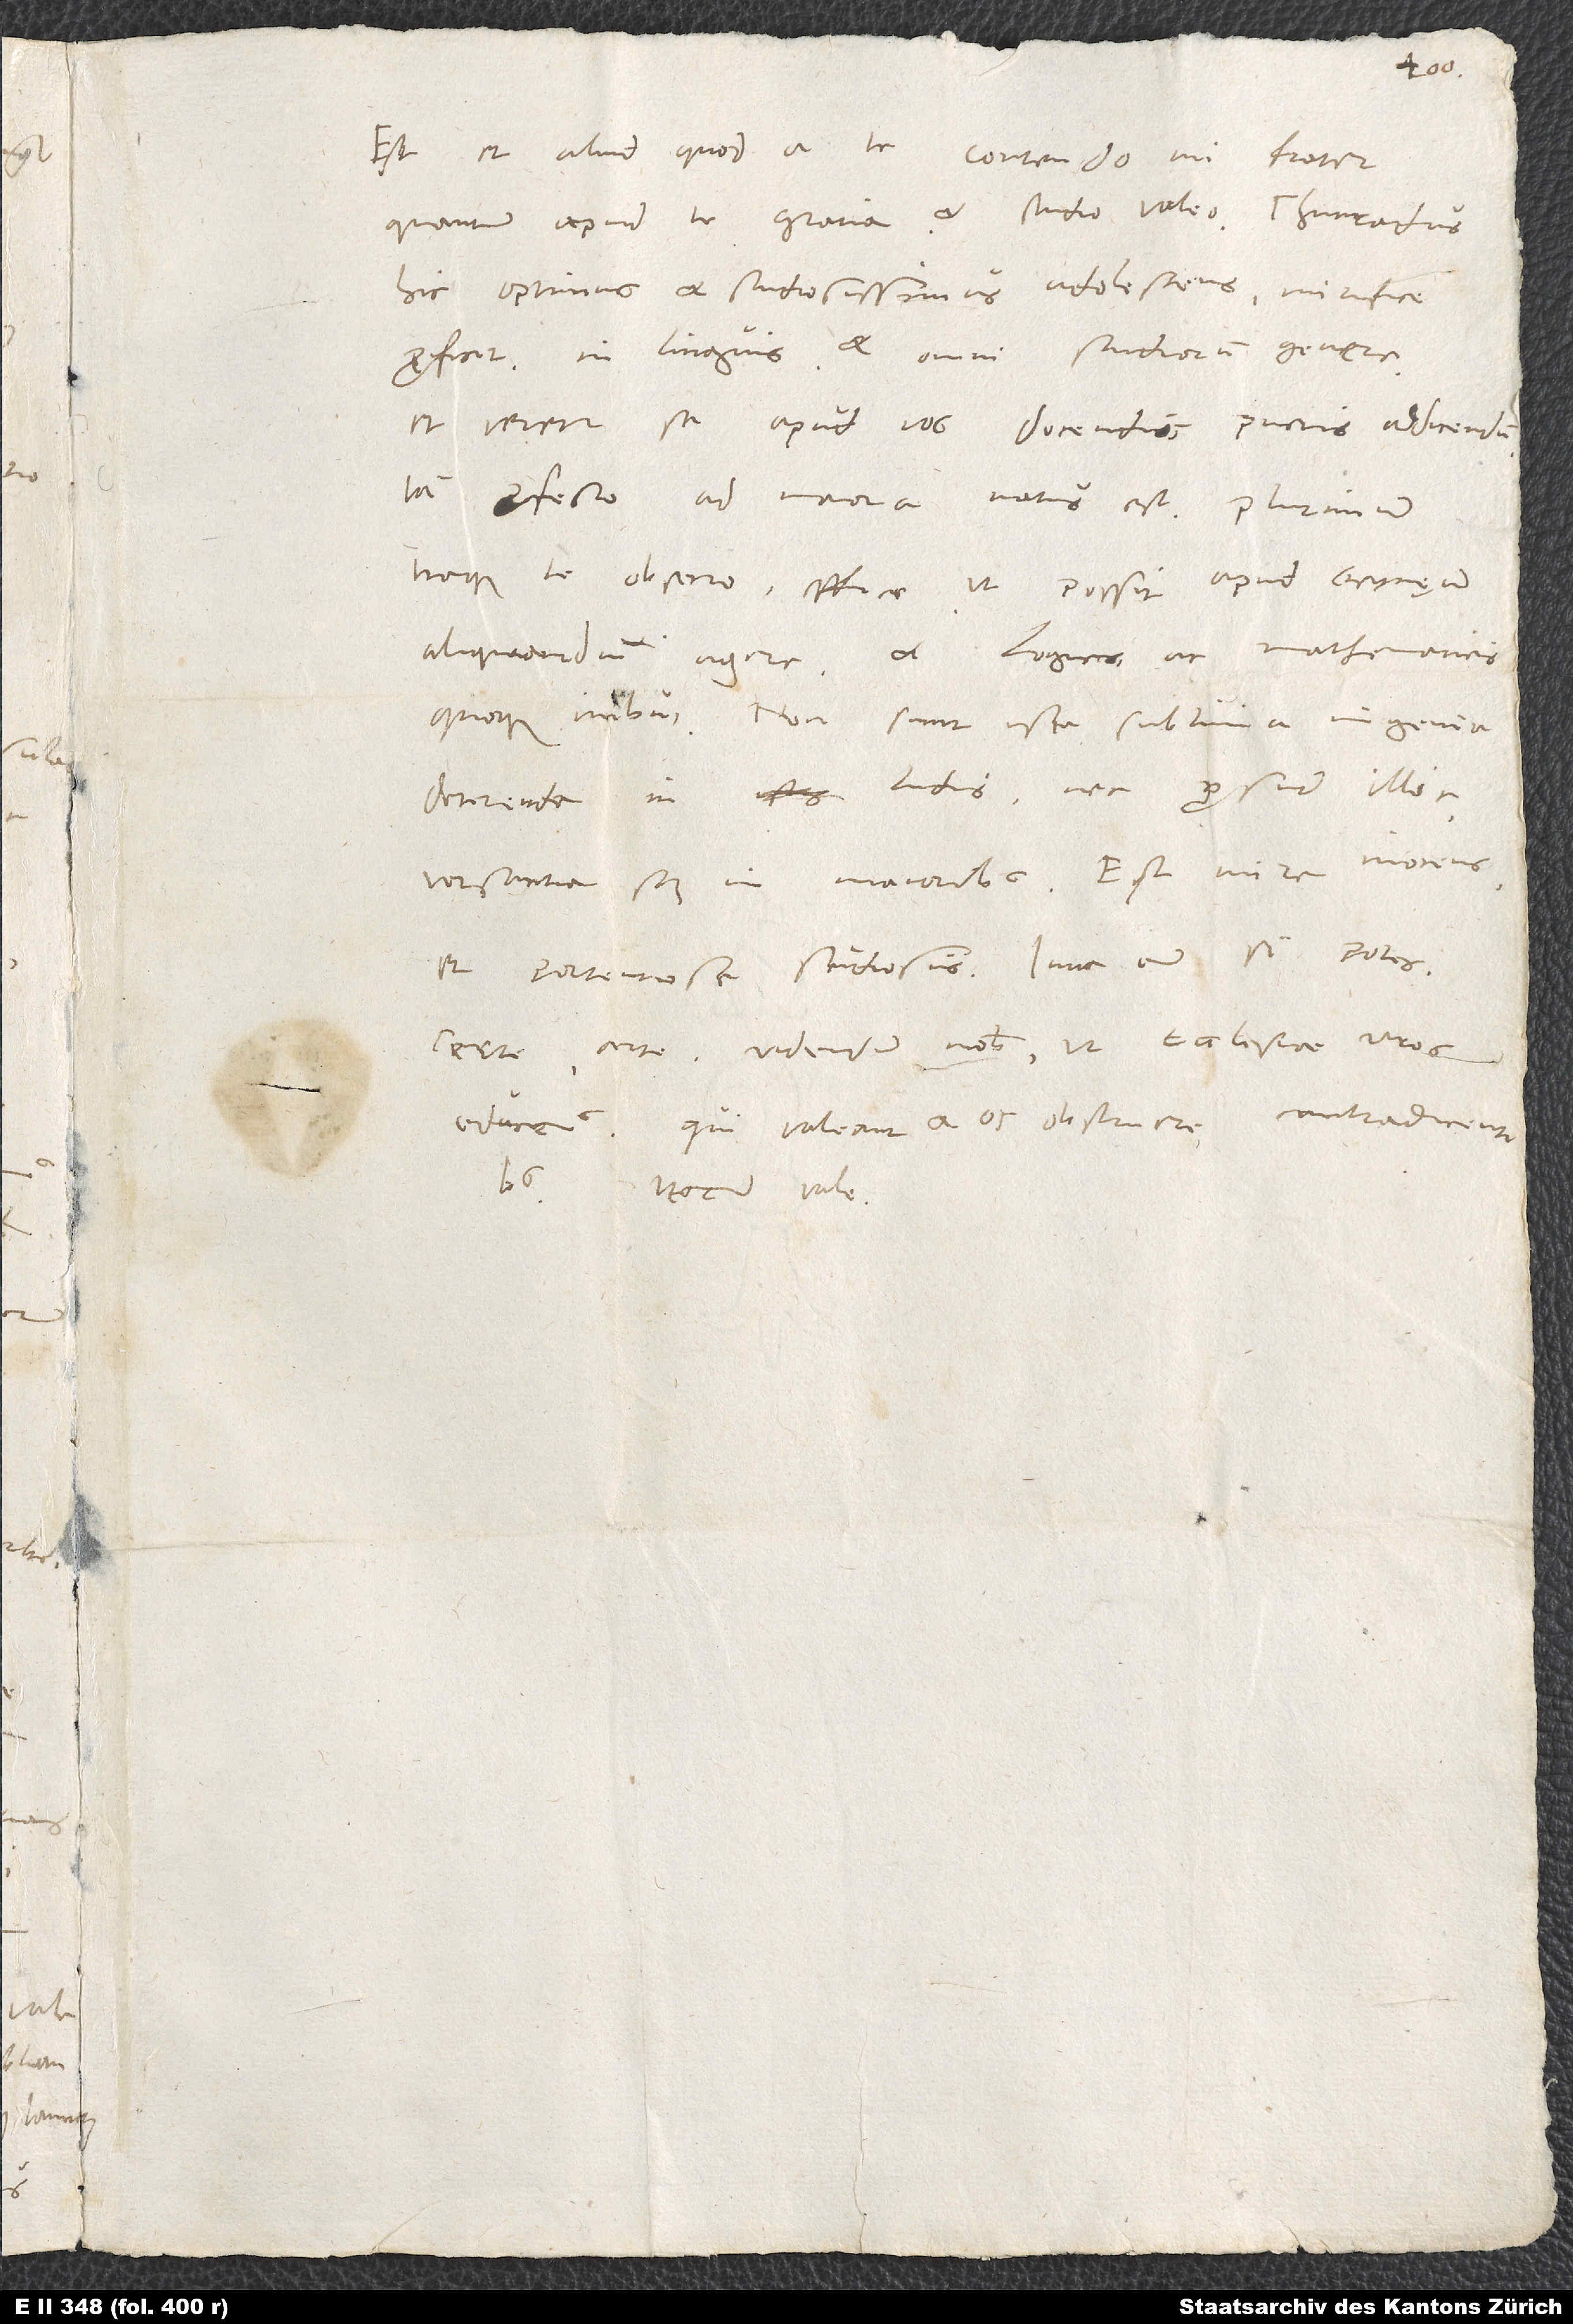
Est et aliud, quod a te contendo, mi frater,
quantum apud te gratia et studio valeo. Chunradus,
hic optimus et studiosissimus adolescens, mirifice
proficit in linguis et omni studiorum genere
et veretur se apud vos docendis pueris addicendum.
profecto ad maiora natus est. Plurimum
aliquandiu agere et logicis ac mathematicis
quoque imbui. Non sunt ista sublimia ingenia
deterenda in ludis nec prosunt illic,
versantia scilicet in maioribus. Est mire inocens
et portentose studiosus. Iuva eum, si potes.
Certe, certe videndum nobis, ut ecclesiae viros
educemus, qui valeant, et os obstruere contradicentibus.
Iterum vale.